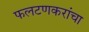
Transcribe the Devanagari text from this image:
फलटणकरांचा